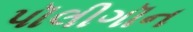
પૉલીગૉન